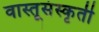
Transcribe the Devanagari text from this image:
वास्तूसंस्कृती